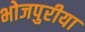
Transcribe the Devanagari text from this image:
भोजपुरीया